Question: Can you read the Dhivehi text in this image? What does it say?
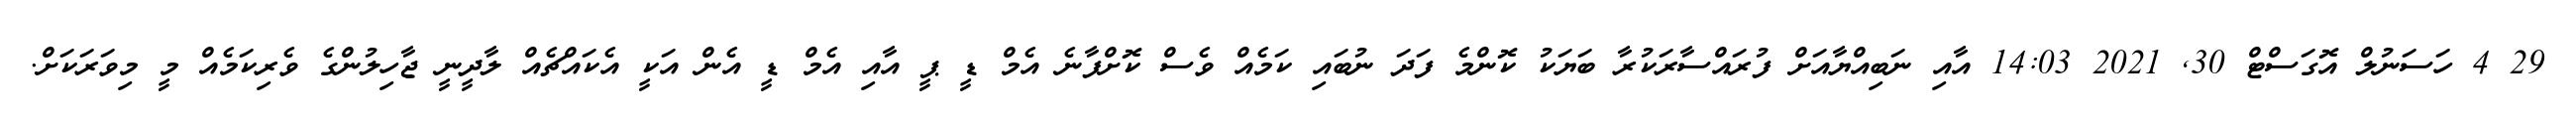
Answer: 29 4 ހަސަނުލް އޮގަސްޓް 30, 2021 14:03 އާއި ނަބިއްޔާއަށް ފުރައްސާރަކުރާ ބަޔަކު ކޮންމެ ފަދަ ނުބައި ކަމެއް ވެސް ކޮށްފާނެ އެމް ޑީ ޕީ އާއި އެމް ޑީ އެން އަކީ އެކައްޗެއް ލާދީނީ ޖާހިލުންގެ ވެރިކަމެއް މީ މިވަރަކަށް.